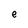
Character: e